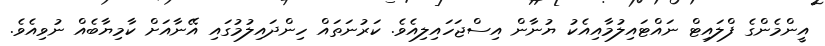
އީންމެންގެ ފްލައިޓް ނައްޓައިލުމާއިއެކު ޔުނާން އިސްޖަހައިލިއެވެ. ކަރުނަތައް ހިންދައިލުމުގައި އޭނާއަށް ކާމިޔާބެއް ނުވިއެވެ.